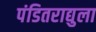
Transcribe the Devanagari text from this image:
पंडितराद्युला